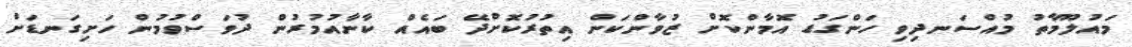
މައުލޫމާތު މުއްސަނދިވި ހަންގަޑު އޮމާންކޮށް ޒުވާންކަން އިތުރުކޮށްދޭ ބައެއް ކާނާއުމުރުން ދުވަސްވުމުން ހަށިގަނޑަށް